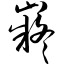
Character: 嶷